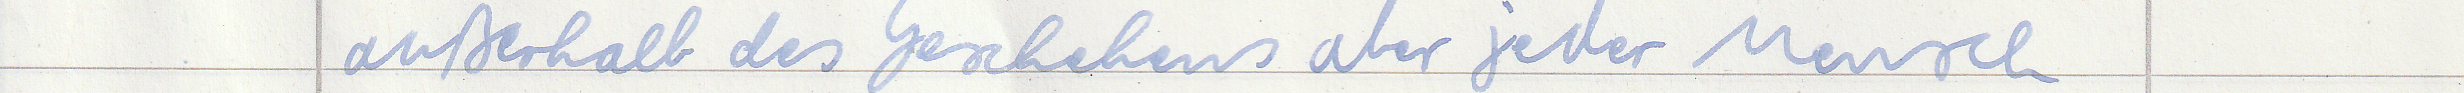
außerhalb des Geschehens aber jeder Mensch